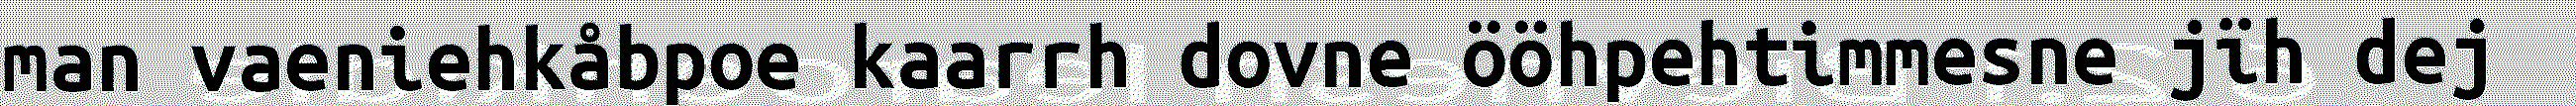
man vaeniehkåbpoe kaarrh dovne ööhpehtimmesne jïh dej